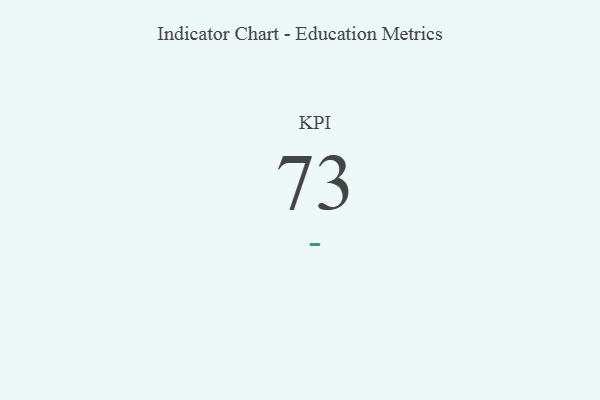
{"axis": {"x": "KPI", "y": "Value"}, "legend": [""], "data": [{"x": "KPI", "y": 73, "type": ""}]}